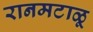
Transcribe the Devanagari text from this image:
रानमटाळू